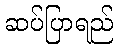
ဆပ်ပြာရည်